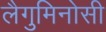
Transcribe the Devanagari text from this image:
लैगुमिनोसी